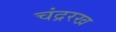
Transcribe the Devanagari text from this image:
चंद्ररख